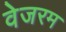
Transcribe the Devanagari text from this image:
वेजरम